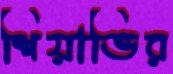
শিয়াভির